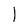
Character: I